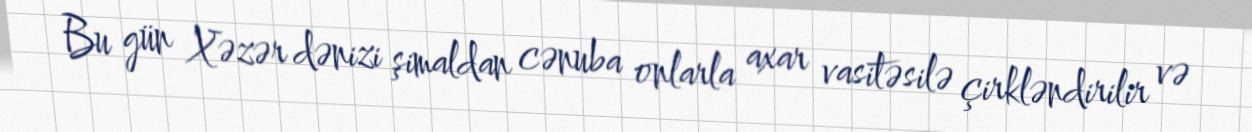
Bu gün Xəzər dənizi şimaldan cənuba onlarla axar vasitəsilə çirkləndirilir və